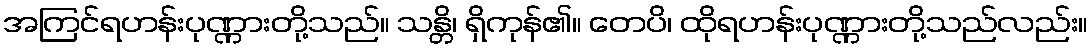
အကြင်ရဟန်းပုဏ္ဏားတို့သည်။ သန္တိ၊ ရှိကုန်၏။ တေပိ၊ ထိုရဟန်းပုဏ္ဏားတို့သည်လည်း။